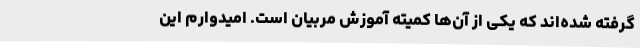
گرفته شده‌اند که یکی از آن‌ها کمیته آموزش مربیان است. امیدوارم این